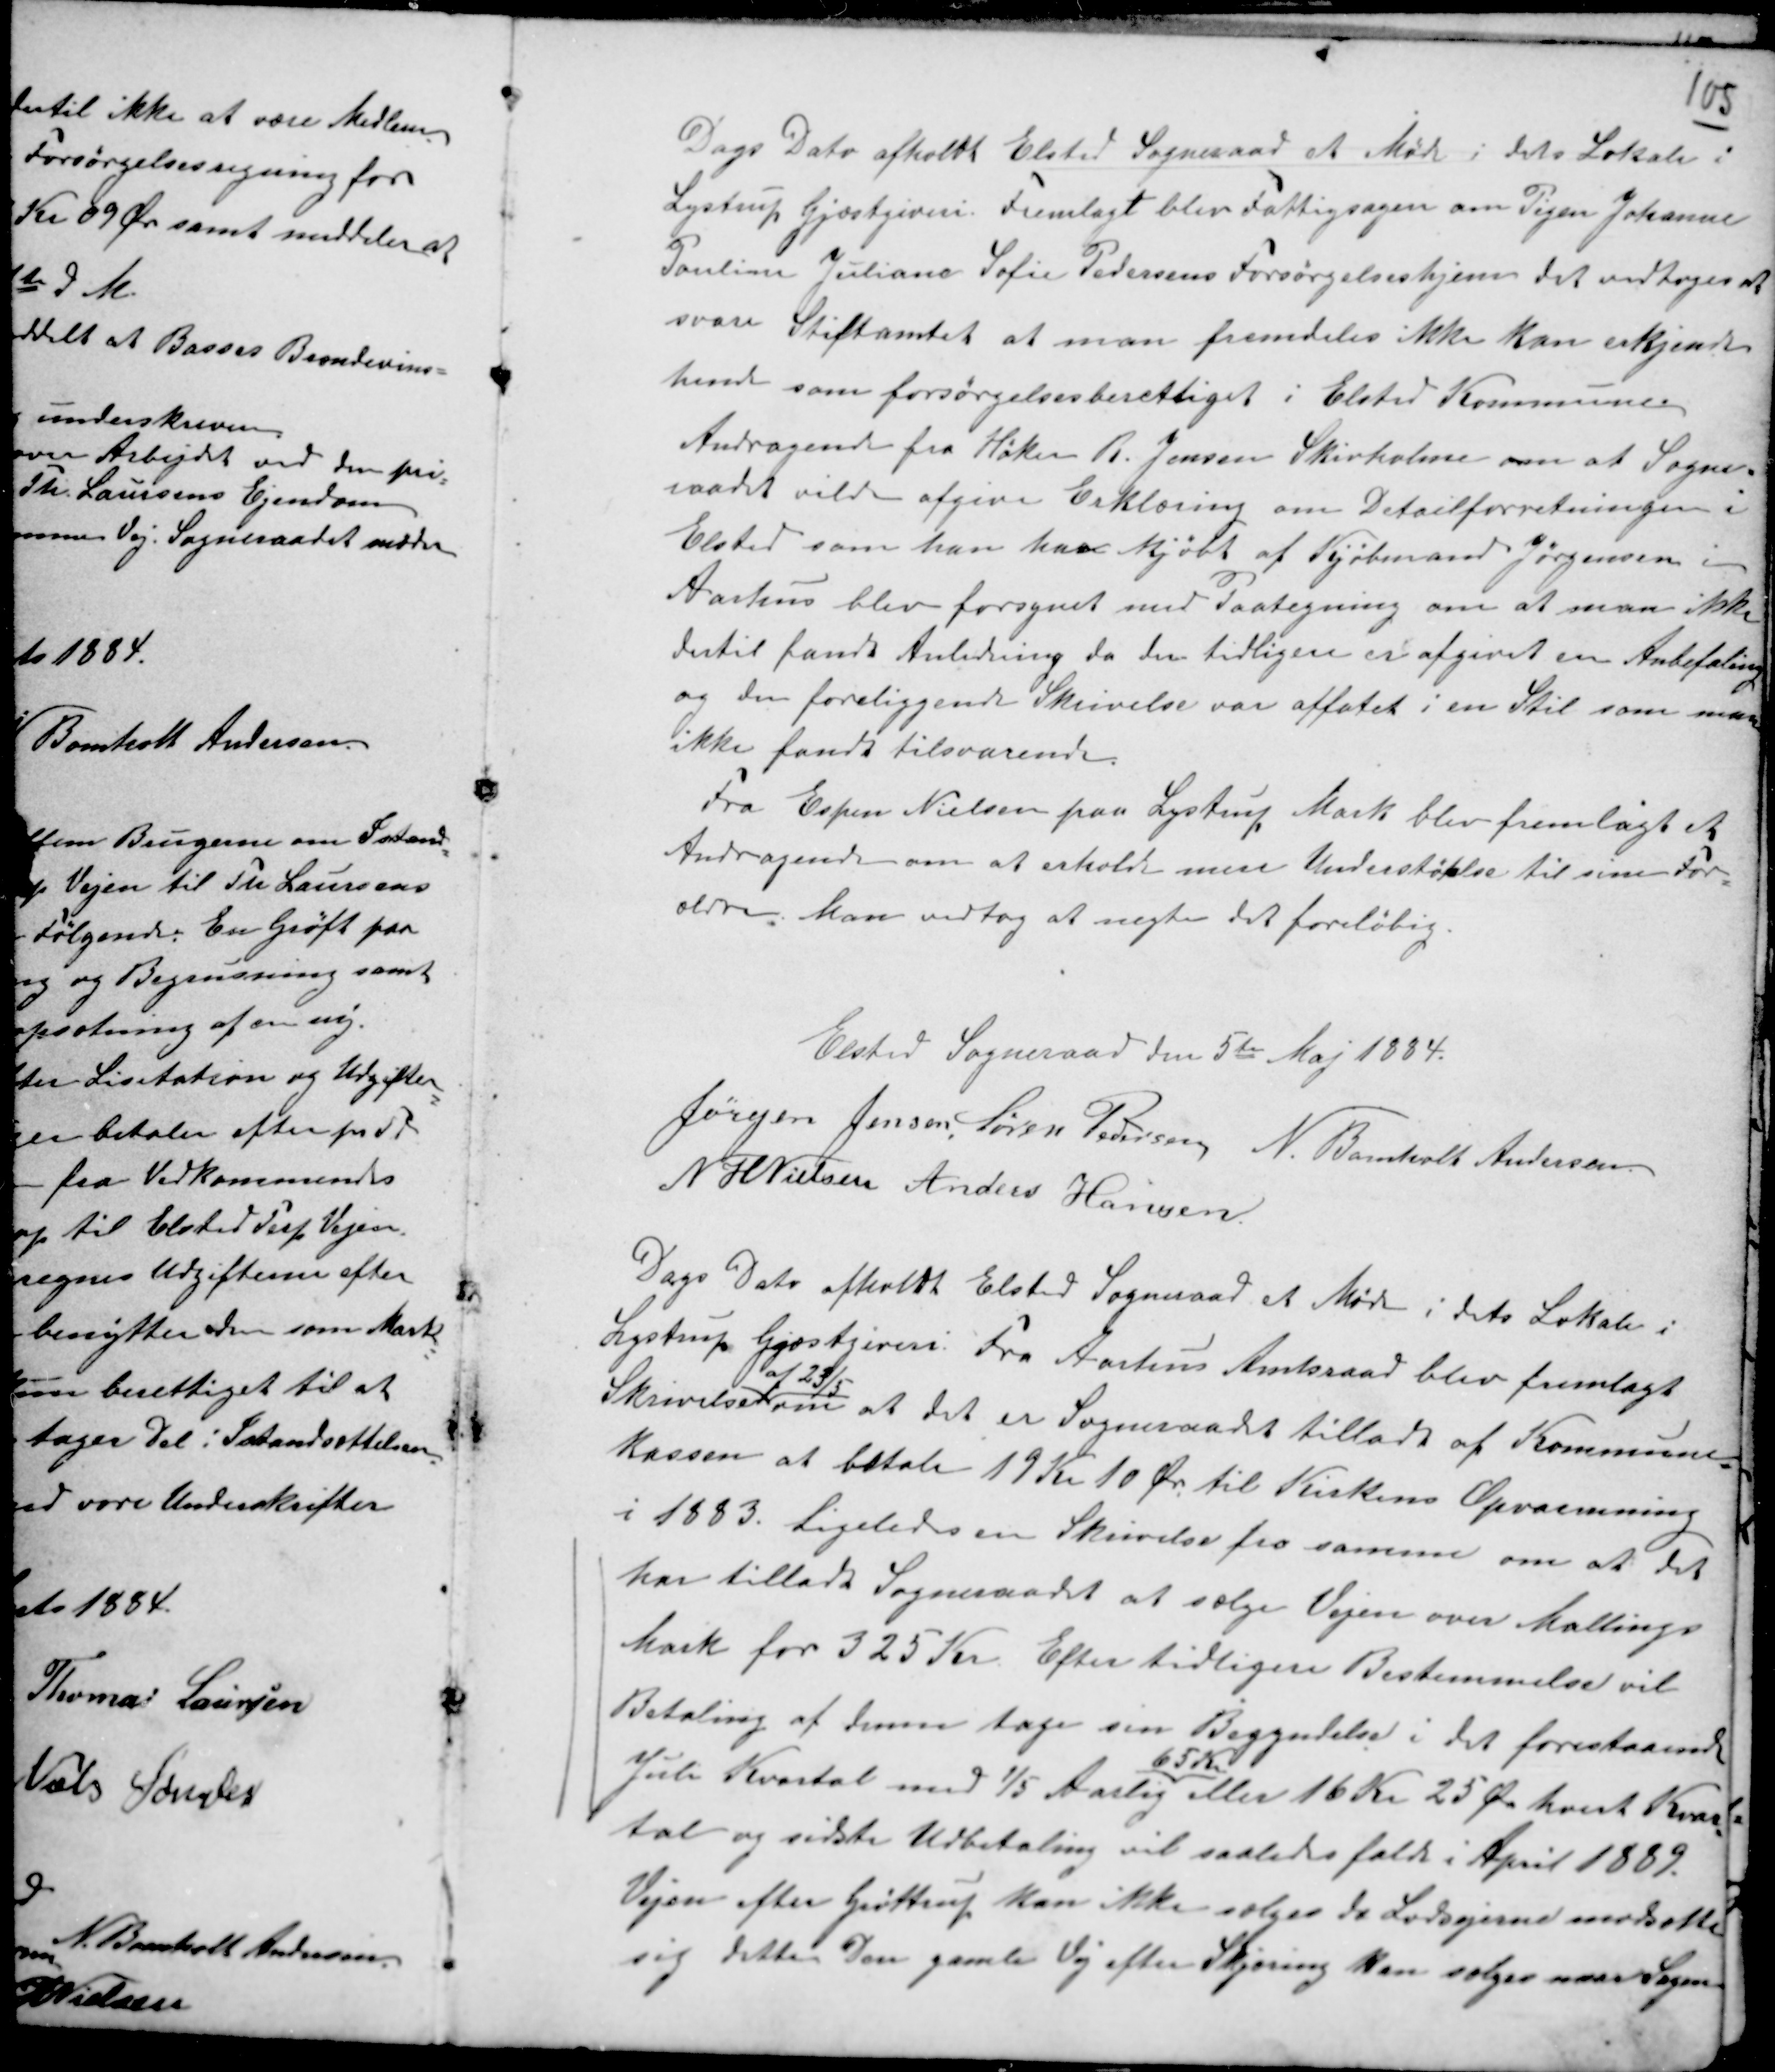
Transskription:
Dags Dato afholdt Elsted Sogneraad et Møde i dets Lokale i
Lystrup Gjæstgiveri. Fremlagt blev Fattigsagen om Pigen Johanne
Pauline Juliane Sofie Pedersens Forsørgelseshjem det vedtoges at
svare Stiftamtet at man fremdeles ikke kan erkjende
hende som forsørgelsesberettiget i Elsted Kommune.
Andragende fra Høker R. Jensen Skivholme om at Sogne-
raadet vilde afgive Erklæring om Detailforretningen i
Elsted som han har kjøbt af Kjøbmand Jørgensen i
Aarhus blev forsynet med Paategning om at man ikke
dertil fandt Anledning da der tidligere er afgivet en Anbefaling
og den foreliggende Skrivelse var affattet i en Stil som man
ikke fandt tilsvarende.
Fra Espen Nielsen paa Lystrup Mark blev fremlagt et
Andragende om at erholde mere Understøtelse til sine For-
ældre. Man vedtog at nægte det foreløbig.

Elsted Sogneraad den 5te Maj 1884.
Jørgen Jensen. Søren Pedersen N. Bomholt Andersen.
N HNielsen Anders Hansen.

Dags Dato afholdt Elsted Sogneraad et Møde i dets Lokale i
Lystrup Gjæstgiveri. Fra Aarhus Amtsraad blev fremlagt
Skrivelse
af 23/5
om at det er Sogneraadet tilladt af Kommune-
kassen at betale 19 Kr 10 Ør til Kirkens Opvarmning
i 1883. Ligeledes en Skrivelse fra samme om at det
har tilladt Sogneraadet at sælge Vejen over Mallings
Mark for 325 Kr. Efter tidligere Bestemmelse vil
Betaling af denne tage sin Begyndelse i det forestaaende
Juli Kvartal med 1/5 Aarlig
65 Kr
eller 16 Kr 25 Ør hvert Kvar-
tal og sidste Udbetaling vil saaledes falde i April 1889.
Vejen efter Grøttrup kan ikke sælges da Lodsejerne modsatte
sig dette. Den gamle Vej efter Skjæring kan sælges naar Sagen